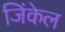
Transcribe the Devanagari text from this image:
जिंकेल